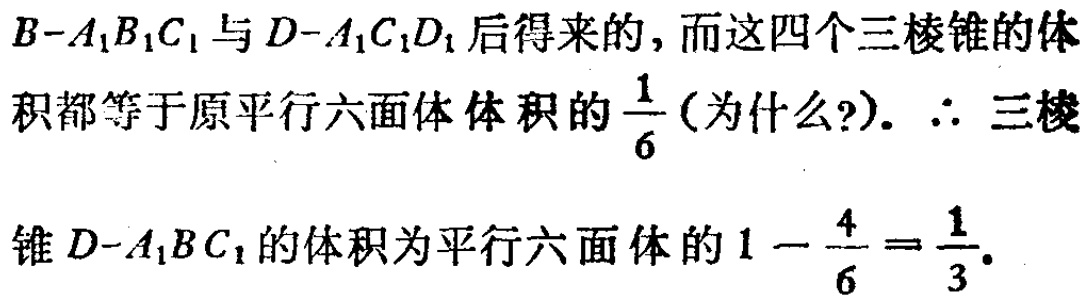
$B - A_{1}B_{1}C_{1}$与$D - A_{1}C_{1}D_{1}$后得来的，而这四个三棱锥的体
积都等于原平行六面体体积的$\frac{1}{6}$(为什么?). $\therefore$ 三棱
锥$D - A_{1}BC_{1}$的体积为平行六面体的$1 - \frac{4}{6} = \frac{1}{3}.$